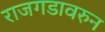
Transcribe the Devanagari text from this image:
राजगडावरुन